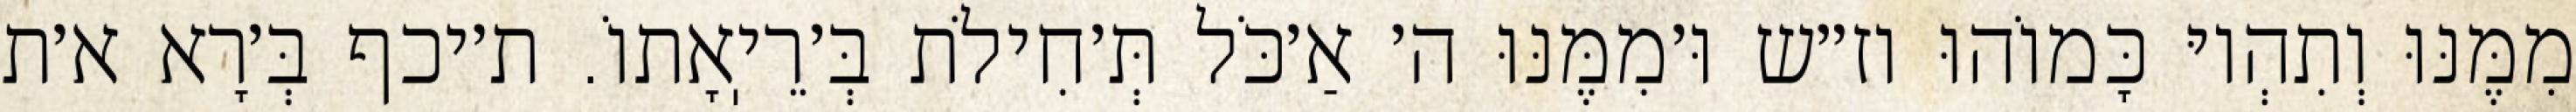
מִמֶּנּוּ וְתִהְיוּ כָּמוֹהוּ וז״ש וּ׳מִמֶּנּוּ ה׳ אַ׳כֹּל תְּ׳חִילֹת בְּ׳רֵיֽאָתוֹ. ת׳יכף בְּ׳רָא א׳ת